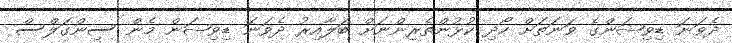
ދެވަަނަ ޑިވިޝަންގެ ވަނަތަށް ހޯދި ކުޅުންތެރިންނަށް ބަލާއިރު ދެވަނަ ޑިވިޝަން މެން ސިންގަލްސް